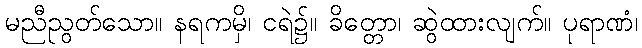
မညီညွတ်သော။ နရကမှိ၊ ငရဲ၌။ ခိတ္တော၊ ဆွဲထားလျက်။ ပုရာဏံ၊